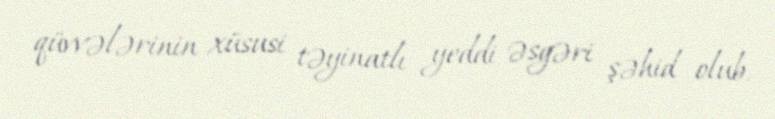
qüvvələrinin xüsusi təyinatlı yeddi əsgəri şəhid olub.